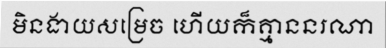
មិនងាយសម្រេច ហើយក៏គ្មាននរណា